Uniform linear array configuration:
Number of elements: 12
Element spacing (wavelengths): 0.25
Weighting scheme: exponential
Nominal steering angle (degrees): -15
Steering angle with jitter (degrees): -13.619
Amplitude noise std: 0.05
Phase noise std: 0.05

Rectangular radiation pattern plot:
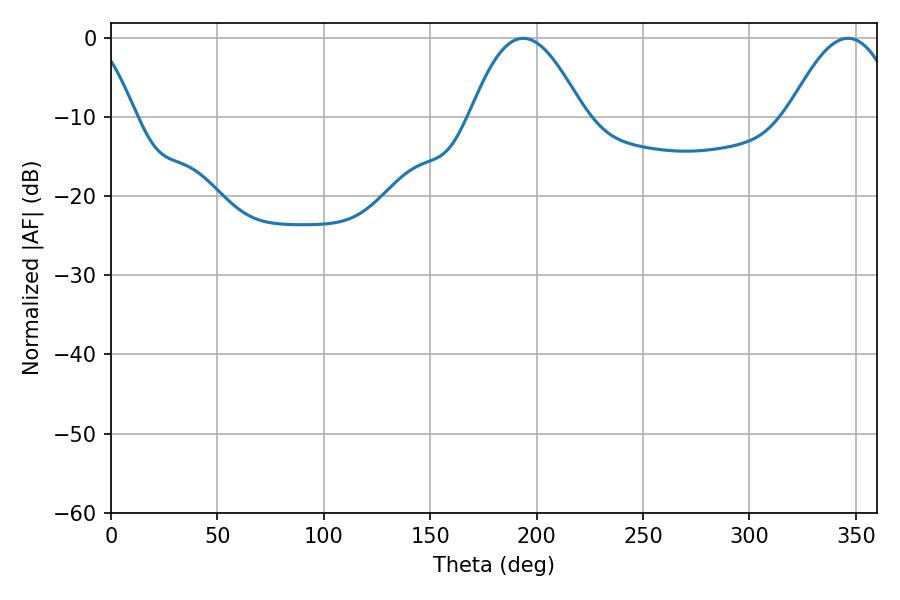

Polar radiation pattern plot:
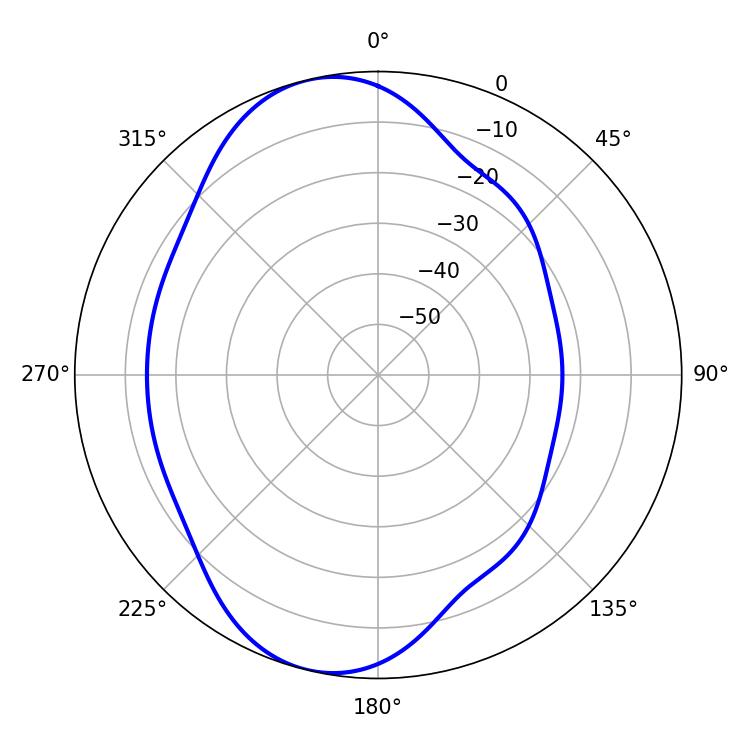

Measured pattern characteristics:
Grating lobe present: FALSE
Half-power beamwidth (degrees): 28.98
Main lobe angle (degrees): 193.68